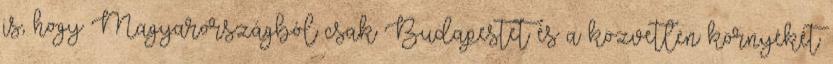
is, hogy Magyarországból csak Budapestet és a közvetlen környékét